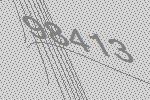
98413